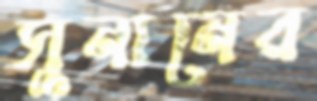
সুনানের